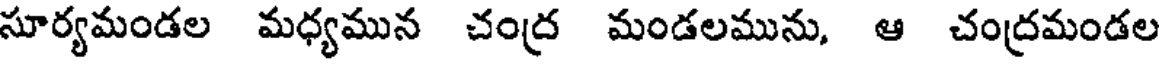
సూర్యమండల మధ్యమున చంద్ర మండలమును, ఆ చంద్రమండల